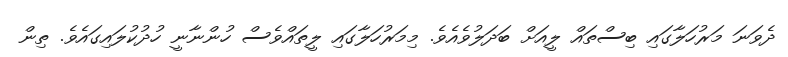
ދެވަނަ މަރުހަލާގައި ބިސްތައް ލީއަށް ބަދަލުވެއެވެ. މިމަރުހަލާގައި ލީތައްވެސް ހުންނާނީ ހުދުކުލައިގައެވެ. ތިން